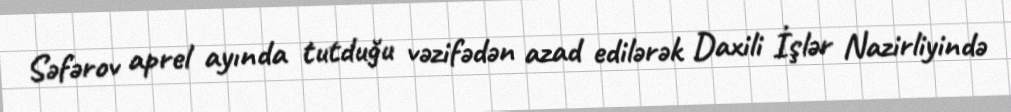
Səfərov aprel ayında tutduğu vəzifədən azad edilərək Daxili İşlər Nazirliyində